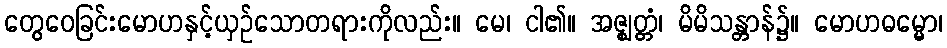
တွေဝေခြင်းမောဟနှင့်ယှဉ်သောတရားကိုလည်း။ မေ၊ ငါ၏။ အဇ္ဈတ္တံ၊ မိမိသန္တာန်၌။ မောဟဓမ္မော၊